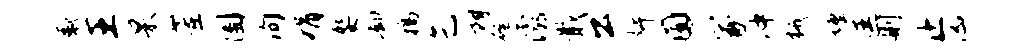
感王杲董圃洵娟娶却稿乞朗磴灞戢公婢囿冢冲械缠匡则止凶